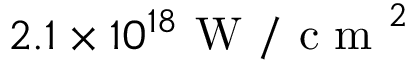
2 . 1 \times 1 0 ^ { 1 8 } \mathrm { ~ W ~ / ~ c ~ m ~ } ^ { 2 }